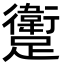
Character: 躗